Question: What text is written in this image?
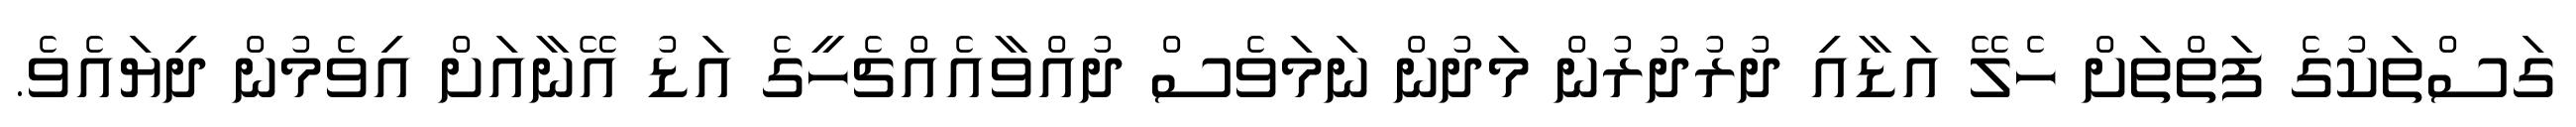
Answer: ގަސްތަކުގެ ފަތްތަށް ހެލޭ އަޑާއި ދުރުދުރުން މަދުން ނަމަވެސް ދުއްވާއެއްޗެހީގެ އަޑު އޭނާއަށް އިވެމުން ދިޔައެވެ.